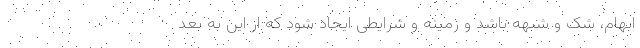
ابهام، شک و شبهه باشد و زمینه و شرایطی ایجاد شود که از این به بعد